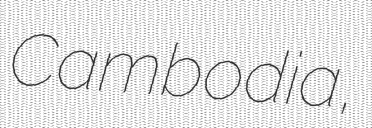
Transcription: Cambodia,